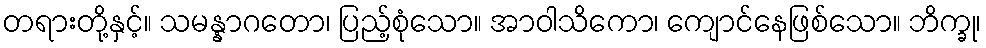
တရားတို့နှင့်။ သမန္နာဂတော၊ ပြည့်စုံသော။ အာဝါသိကော၊ ကျောင်နေဖြစ်သော။ ဘိက္ခု၊